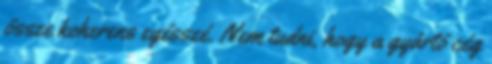
össze koherens egésszé. Nem tudni, hogy a gyártó cég